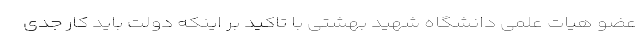
عضو هیات علمی دانشگاه شهید بهشتی با تاکید بر اینکه دولت باید کار جدی